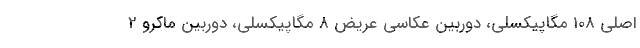
اصلی 108 مگاپیکسلی، دوربین عکاسی عریض 8 مگاپیکسلی، دوربین ماکرو 2